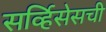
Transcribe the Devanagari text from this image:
सर्व्हिसेसची